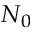
N _ { 0 }